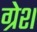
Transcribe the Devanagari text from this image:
ग्रेश